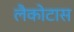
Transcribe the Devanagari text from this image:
लैकोटास